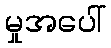
မှုအပေါ်